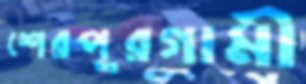
শেরপুরগামী